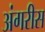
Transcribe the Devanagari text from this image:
अंगरीस